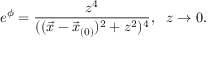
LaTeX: e ^ { \phi } = { \frac { z ^ { 4 } } { ( ( \vec { x } - \vec { x } _ { ( 0 ) } ) ^ { 2 } + z ^ { 2 } ) ^ { 4 } } } , \ \ z \rightarrow 0 .